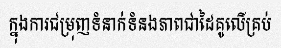
ក្នុងការជម្រុញទំនាក់ទំនងភាពជាដៃគូលើគ្រប់